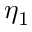
\eta _ { 1 }